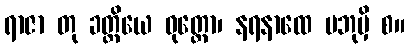
ရာဇာ တု ခတ္တိယေ ဝုတ္တော၊ နရနာထေ ပဘုမှိ စ။